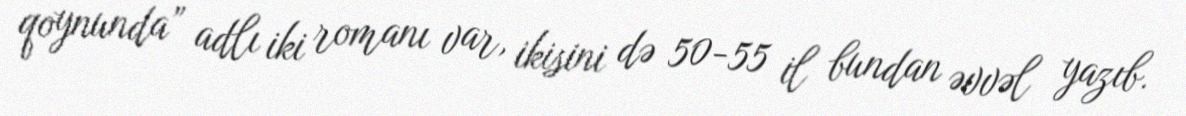
qoynunda” adlı iki romanı var, ikisini də 50-55 il bundan əvvəl yazıb.